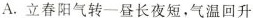
A.立春阳气转一昼长夜短，气温回升